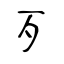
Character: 歹